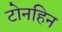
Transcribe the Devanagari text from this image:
टोनहिन